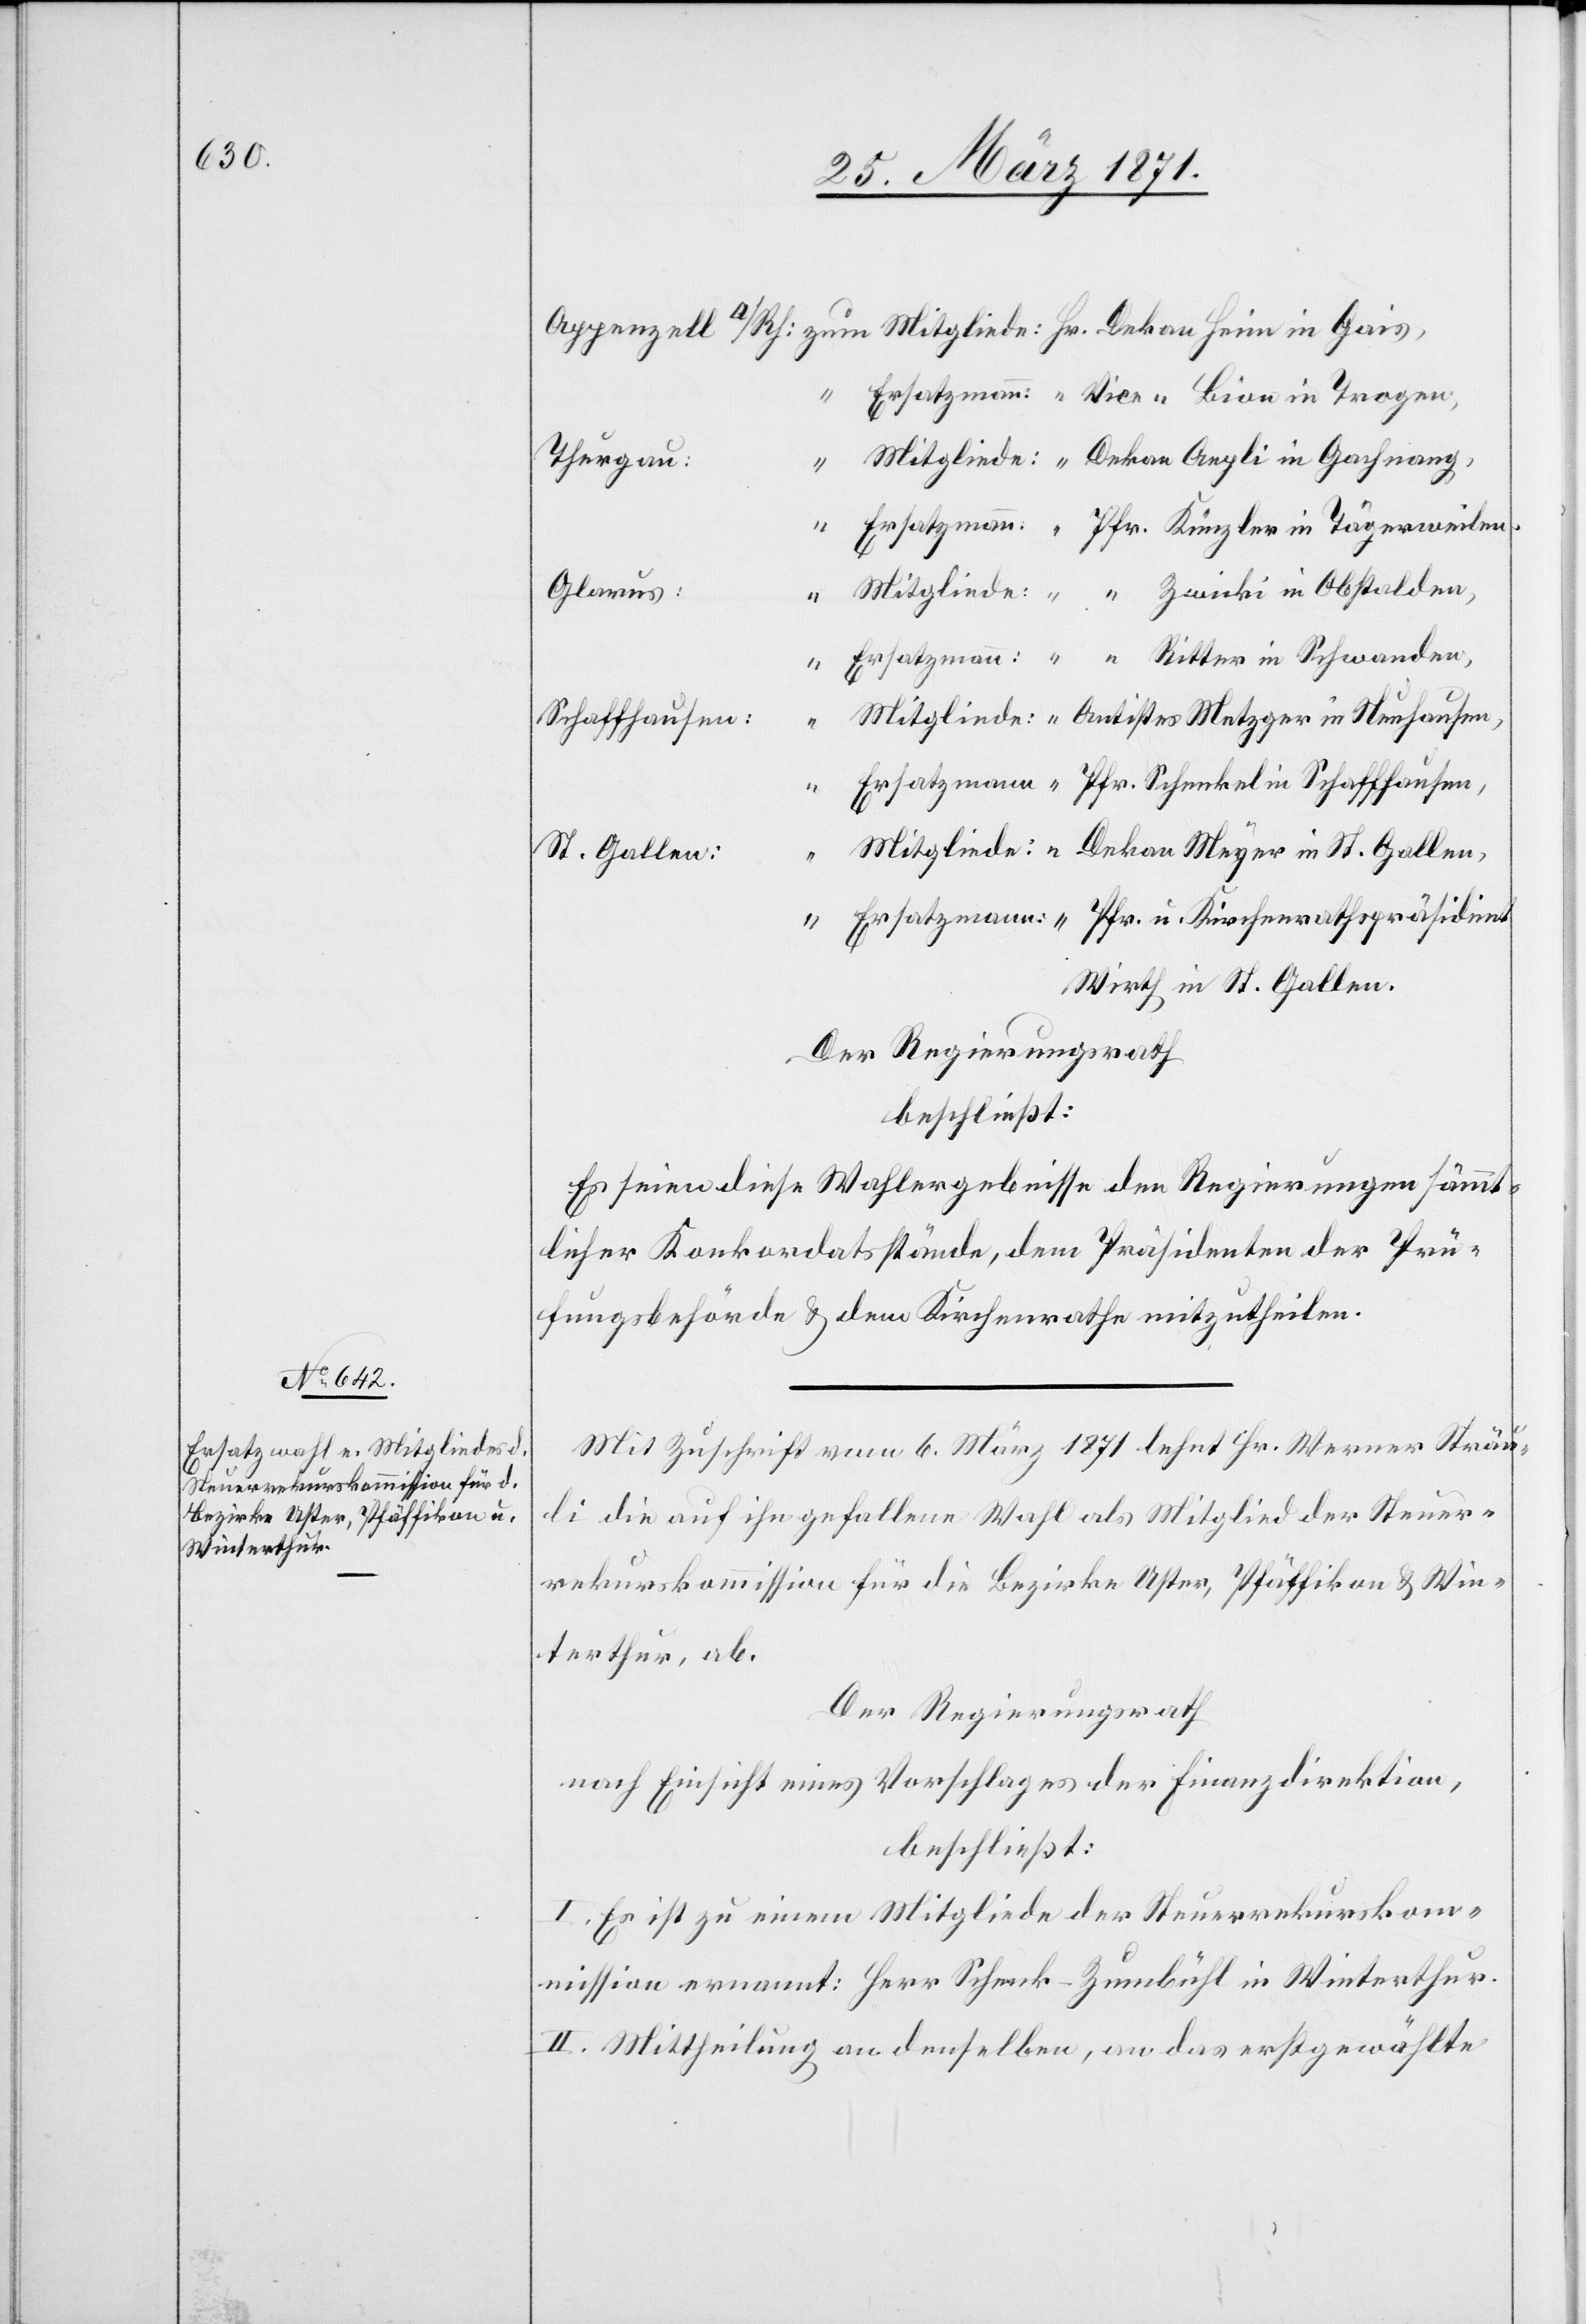
Thurgau:
“
Glarus:
u.
Ritter in Schwanden,
Ersatzmann:
Schaffhausen,
St. Gallen,
“
Wirth in St. Gallen
Der Regierungsrath
beschließt:
Es seien diese Wahlergebnisse den Regierungen sämmt¬
licher Konkordatsstände, dem Präsidenten der Prü¬
fungsbehörde u. dem Kirchenrathe mitzutheilen.
Mit Zuschrift vom 6. März 1871 lehnt Hr. Werner Sträu¬
li die auf ihn gefallene Wahl als Mitglied der Steuer¬
rekurskommission für die Bezirke Uster, Pfäffikon u. Win¬
terthur, ab.
Der Regierungsrath
nach Einsicht eines Antrages der Finanzdirektion,
beschließt:
I. Es ist zu einem Mitgliede der Steuerrekurskom¬
mission ernannt: Herr Schenk-Zumbühl in Winterthur.
II. Mittheilung an denselben, an das erstgewählte